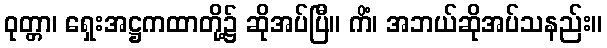
ဝုတ္တာ၊ ရှေးအဋ္ဌကထာတို့၌ ဆိုအပ်ပြီ။ ကိံ၊ အဘယ်ဆိုအပ်သနည်း။